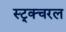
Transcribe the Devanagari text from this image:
स्ट्र्क्चरल